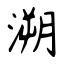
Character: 溯